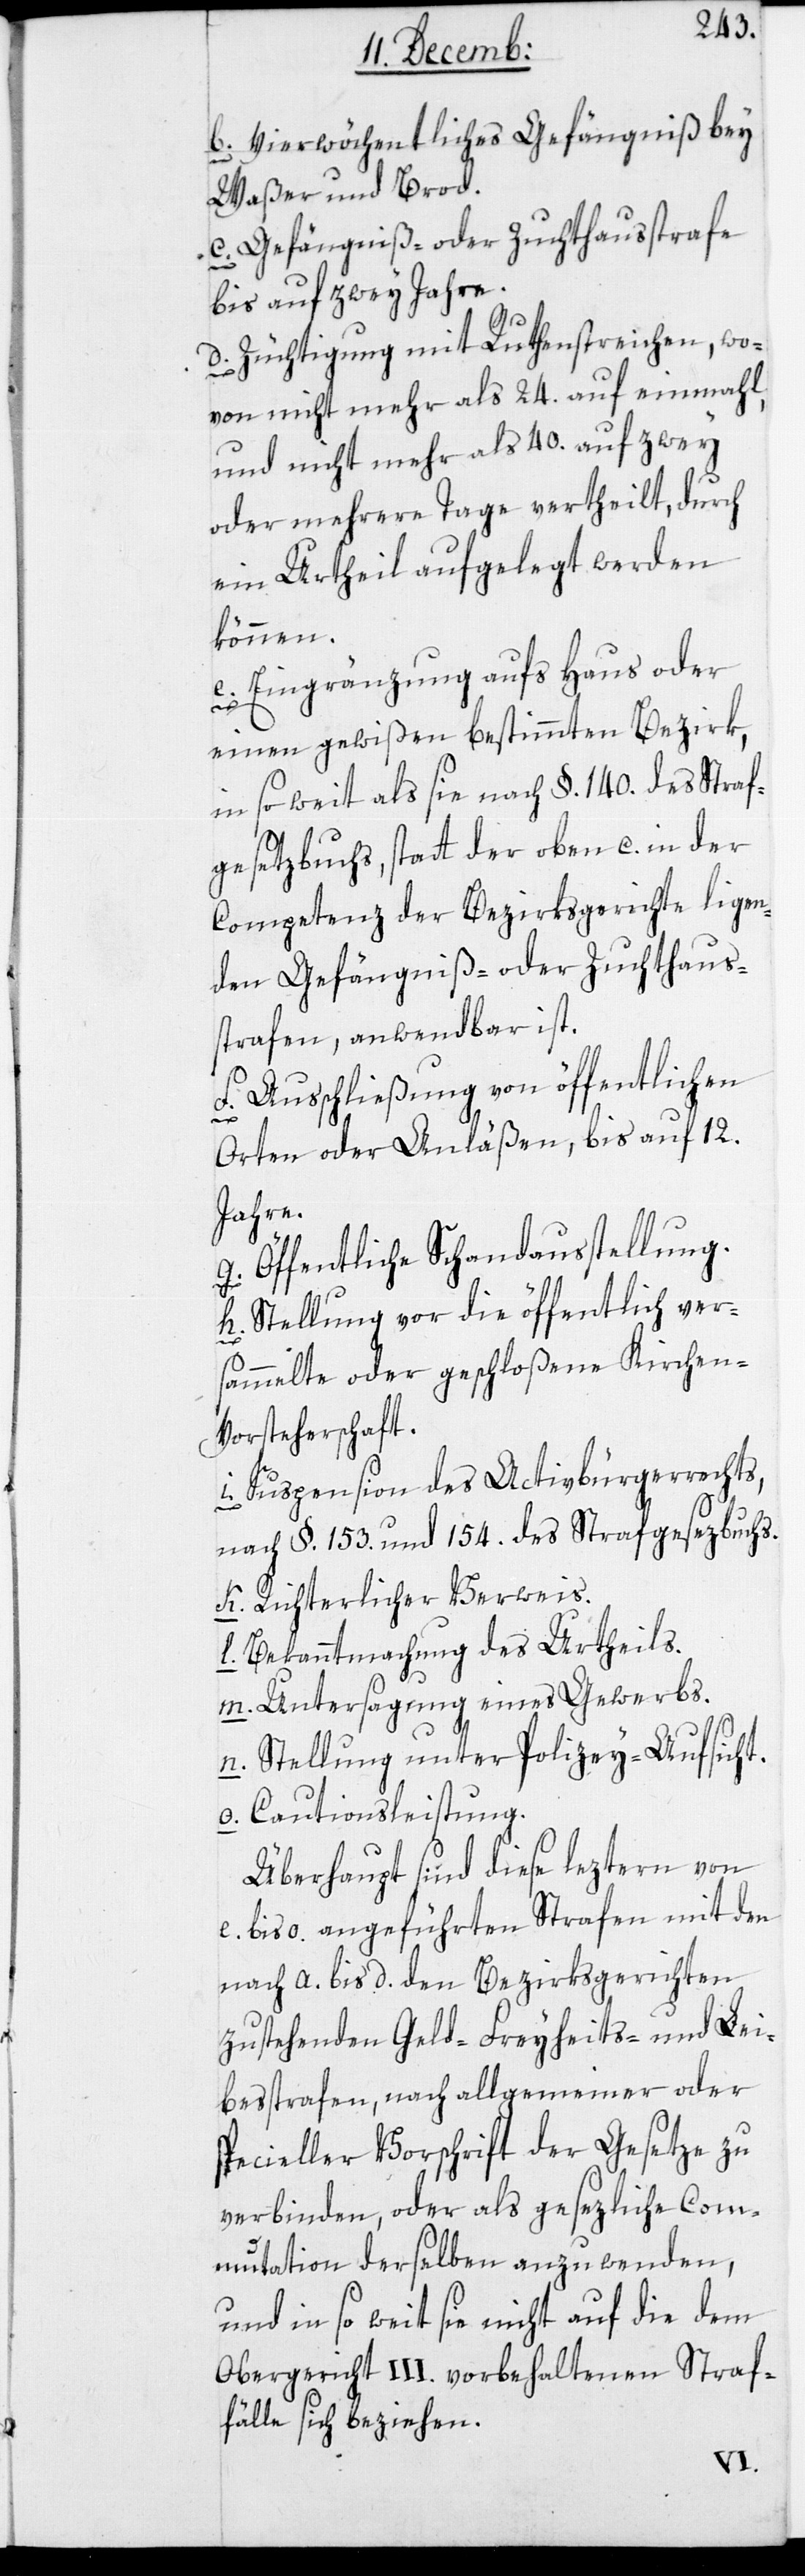
b. Vierwöchentliches Gefängniß bey
Waßer und Brod.
c. Gefängniß- oder Zuchthausstrafe
bis auf zwey Jahre.
d. Züchtigung mit Ruthenstreichen, wo¬
von nicht mehr als 24. auf einmal,
und nicht mehr als 40. auf zwey
oder mehrere Tage vertheilt, durch
ein Urtheil aufgelegt werden
können.
e. Eingränzung aufs Haus oder
einen
in so weit als sie nach §. 140. des Straf¬
gesetzbuchs, statt der oben c. in der
Competenz der Bezirksgerichte liegen¬
den Gefängniß- oder Zuchthaus¬
strafen, anwendbar ist.
f. Ausschließung von öffentlichen
Orten oder Anläßen, bis auf 12.
Jahre.
g. Öffentliche Schandaußtellung.
h. Stellung vor die öffentlich ver¬
sammelte oder geschloßene Kirchen-V¬
orsteherschaft.
i. Suspension des Activbürgerrechts,
nach §. 153. und 154. des Strafgesetzbuchs.
k. Richterlicher Verweis.
l. Bekanntmachung des Urtheils.
m. Untersagung eines Gewerbs.
n. Stellung unter Polizey-Aufsicht.
o. Cautionsleistung.
Überhaupt sind diese leztern von
e. bis o. angeführten Strafen mit den
nach a. bis d. den Bezirksgerichten
zustehenden Geld-, Freyheits- und Lei¬
besstrafen, nach allgemeiner oder
specieller Vorschrift der Gesetze zu
verbinden, oder als gesezliche Comm¬
unication derselben anzuwenden,
und in so weit sie nicht auf die dem
Obergericht III. vorbehaltenen Straf¬
fälle sich beziehen.